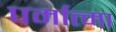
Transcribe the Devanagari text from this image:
पर्मात्मा